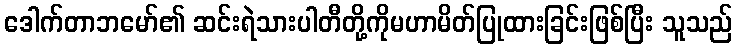
ဒေါက်တာဘမော်၏ ဆင်းရဲသားပါတီတို့ကိုမဟာမိတ်ပြုထားခြင်းဖြစ်ပြီး သူသည်